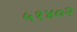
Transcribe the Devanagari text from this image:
५१४०२